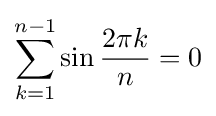
\sum _{k=1}^{n-1}\sin {\frac {2\pi k}{n}}=0